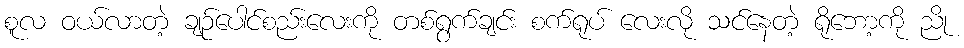
စူလ ဝယ်လာတဲ့ ချဉ်ပေါင်စည်းလေးကို တစ်ရွက်ချင်း စက်ရုပ် လေးလို သင်နေတဲ့ ရိုဘော့ကို ညို